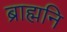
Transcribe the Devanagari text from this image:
ब्राह्मनि